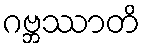
ဂဗ္ဘဿာတိ